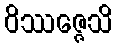
ဝိဿဇ္ဇေသိ